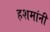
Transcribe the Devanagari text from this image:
हशमांनी